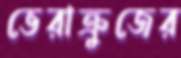
ভেরাক্রুজের